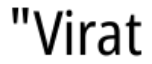
"Virat